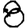
Digit: 8